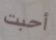
أحبت